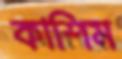
কাশিম